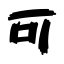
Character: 可